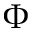
\Phi